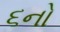
૬નો